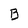
Character: B